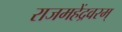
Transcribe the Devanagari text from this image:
राजमहेंद्रवरम्